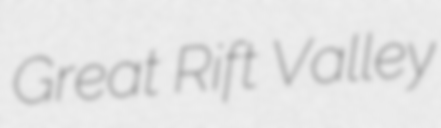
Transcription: Great Rift Valley